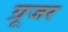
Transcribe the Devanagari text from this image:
ग्रूजर